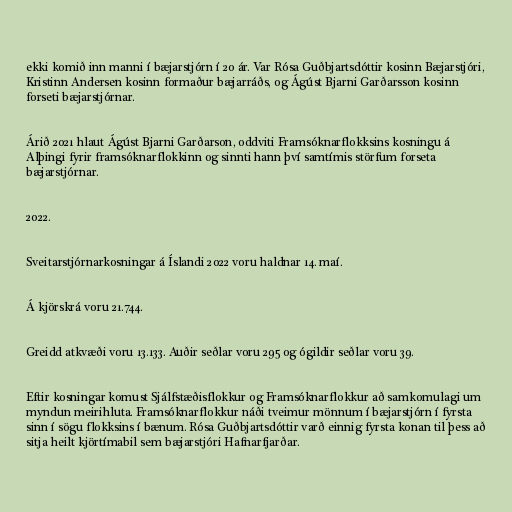
ekki komið inn manni í bæjarstjórn í 20 ár. Var Rósa Guðbjartsdóttir kosinn Bæjarstjóri,
Kristinn Andersen kosinn formaður bæjarráðs, og Ágúst Bjarni Garðarsson kosinn
forseti bæjarstjórnar.

Árið 2021 hlaut Ágúst Bjarni Garðarson, oddviti Framsóknarflokksins kosningu á
Alþingi fyrir framsóknarflokkinn og sinnti hann því samtímis störfum forseta
bæjarstjórnar.

2022.

Sveitarstjórnarkosningar á Íslandi 2022 voru haldnar 14. maí.

Á kjörskrá voru 21.744.

Greidd atkvæði voru 13.133. Auðir seðlar voru 295 og ógildir seðlar voru 39.

Eftir kosningar komust Sjálfstæðisflokkur og Framsóknarflokkur að samkomulagi um
myndun meirihluta. Framsóknarflokkur náði tveimur mönnum í bæjarstjórn í fyrsta
sinn í sögu flokksins í bænum. Rósa Guðbjartsdóttir varð einnig fyrsta konan til þess að
sitja heilt kjörtímabil sem bæjarstjóri Hafnarfjarðar.